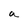
Character: a